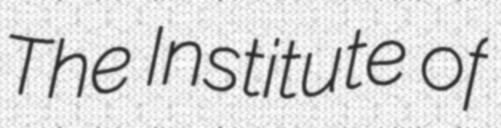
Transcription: The Institute of